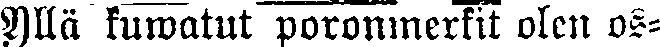
Yllä kuwatut poronmerkit olen os-